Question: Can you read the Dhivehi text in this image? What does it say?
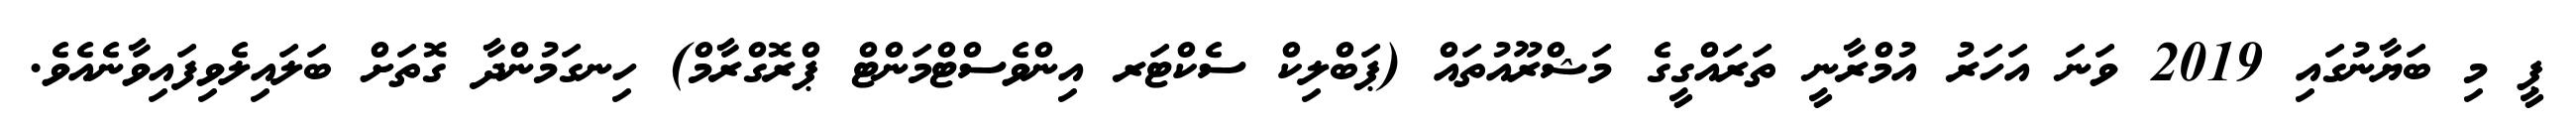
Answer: ޕީ މި ބަޔާނުގައި 2019 ވަނަ އަހަރު އުމްރާނީ ތަރައްގީގެ މަޝްރޫއުތައް (ޕަބްލިކް ސެކްޓަރ އިންވެސްޓްމަންޓް ޕްރޮގްރާމް) ހިނގަމުންދާ ގޮތަށް ބަލައިލެވިފައިވާނެއެވެ.